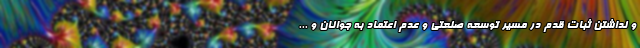
و نداشتن ثبات قدم در مسیر توسعه صنعتی و عدم اعتماد به جوانان و ...